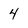
Character: 4